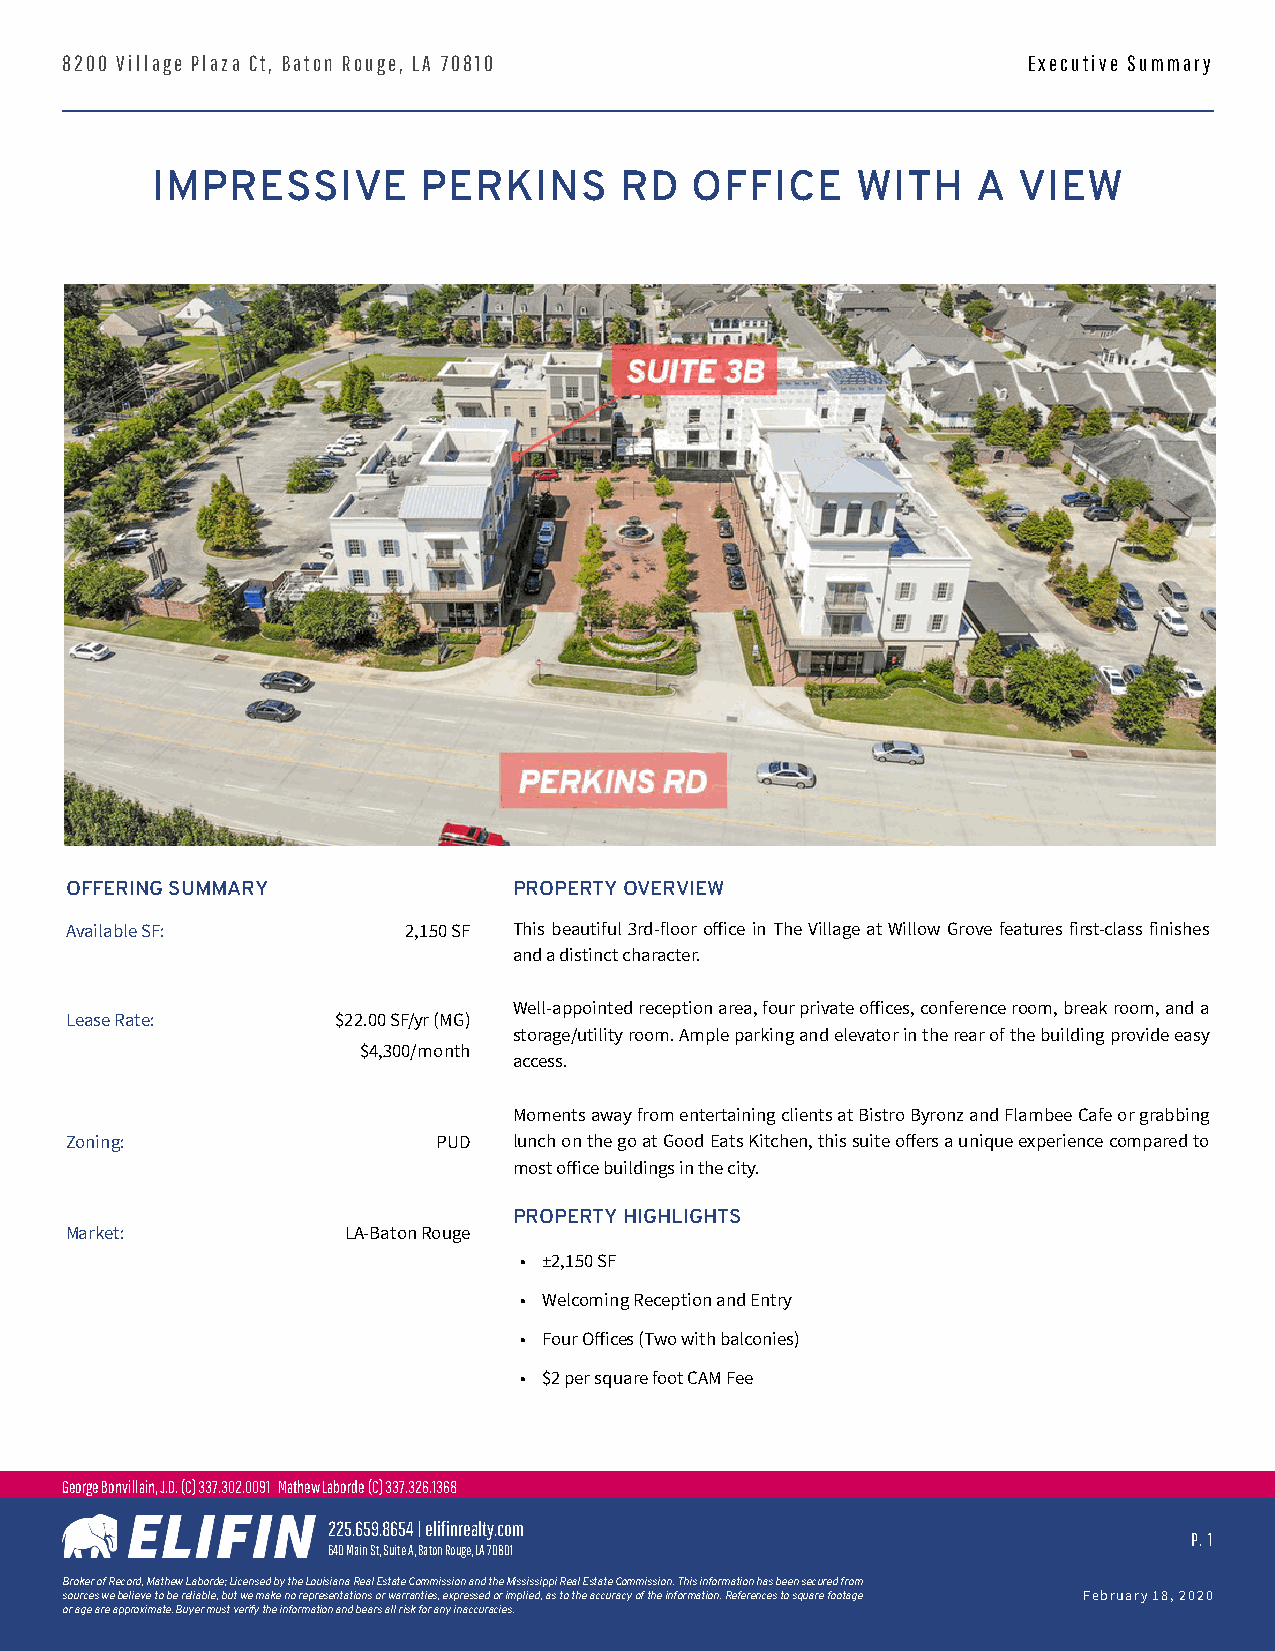
8200 Village Plaza Ct, Baton Rouge, LA 70810                    Executive Summary
 IMPRESSIVE        PERKINS      RD   OFFICE     WITH    A VIEW
 OFFERING SUMMARY              PROPERTY OVERVIEW
 Available SF:          2,150 SF Thisbeautiful3rd-floorofficeinTheVillageatWillowGrovefeaturesfirst-classfinishes
 and a distinct character.
 Well-appointedreceptionarea,fourprivateoffices,conferenceroom,breakroom,anda
 Lease Rate:       $22.00 SF/yr (MG)
 storage/utilityroom.Ampleparkingandelevatorintherearofthebuildingprovideeasy
 $4,300/month
 access.
 MomentsawayfromentertainingclientsatBistroByronzandFlambeeCafeorgrabbing
 Zoning:                  PUD  lunchonthegoatGoodEatsKitchen,thissuiteoffersauniqueexperiencecomparedto
 most office buildings in the city.
 PROPERTY HIGHLIGHTS
 Market:            LA-Baton Rouge
 • ±2,150 SF
 • Welcoming Reception and Entry
 • Four Offices (Two with balconies)
 • $2 per square foot CAM Fee
 George Bonvillain, J.D. (C) 337.302.0091 Mathew Laborde (C) 337.326.1368
 225.659.8654 | elifinrealty.com
 P. 1
 640 Main St, Suite A, Baton Rouge, LA 70801
 BrokerofRecord,MathewLaborde;LicensedbytheLouisianaRealEstateCommissionandtheMississippiRealEstateCommission.Thisinformationhasbeensecuredfrom
 sourceswebelievetobereliable,butwemakenorepresentationsorwarranties,expressedorimplied,astotheaccuracyoftheinformation.Referencestosquarefootage February 18, 2020
 or age are approximate. Buyer must verify the information and bears all risk for any inaccuracies.
 for more information contact: